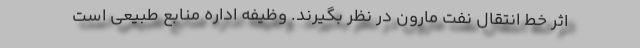
اثر خط انتقال نفت مارون در نظر بگیرند. وظیفه اداره منابع طبیعی است